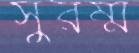
সুরম্ম